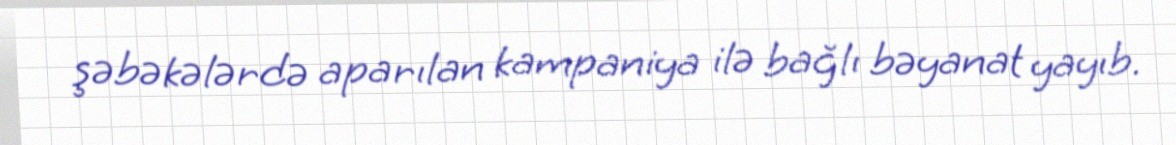
şəbəkələrdə aparılan kampaniya ilə bağlı bəyanat yayıb.